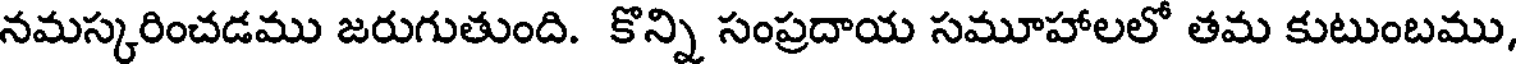
నమస్కరించడము జరుగుతుంది. కొన్ని సంప్రదాయ సమూహాలలో తమ కుటుంబము,